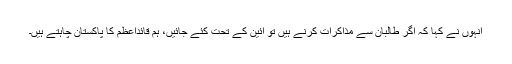
انہوں نے کہا کہ اگر طالبان سے مذاکرات کرنے ہیں تو آئین کے تحت کئے جائیں، ہم قائداعظم کا پاکستان چاہتے ہیں۔